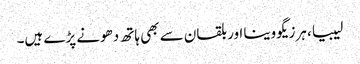
لیبیا، ہرزیگووینا اور بلقان سے بھی ہاتھ دھونے پڑے ہیں۔